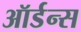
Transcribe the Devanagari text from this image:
ऑर्डन्स